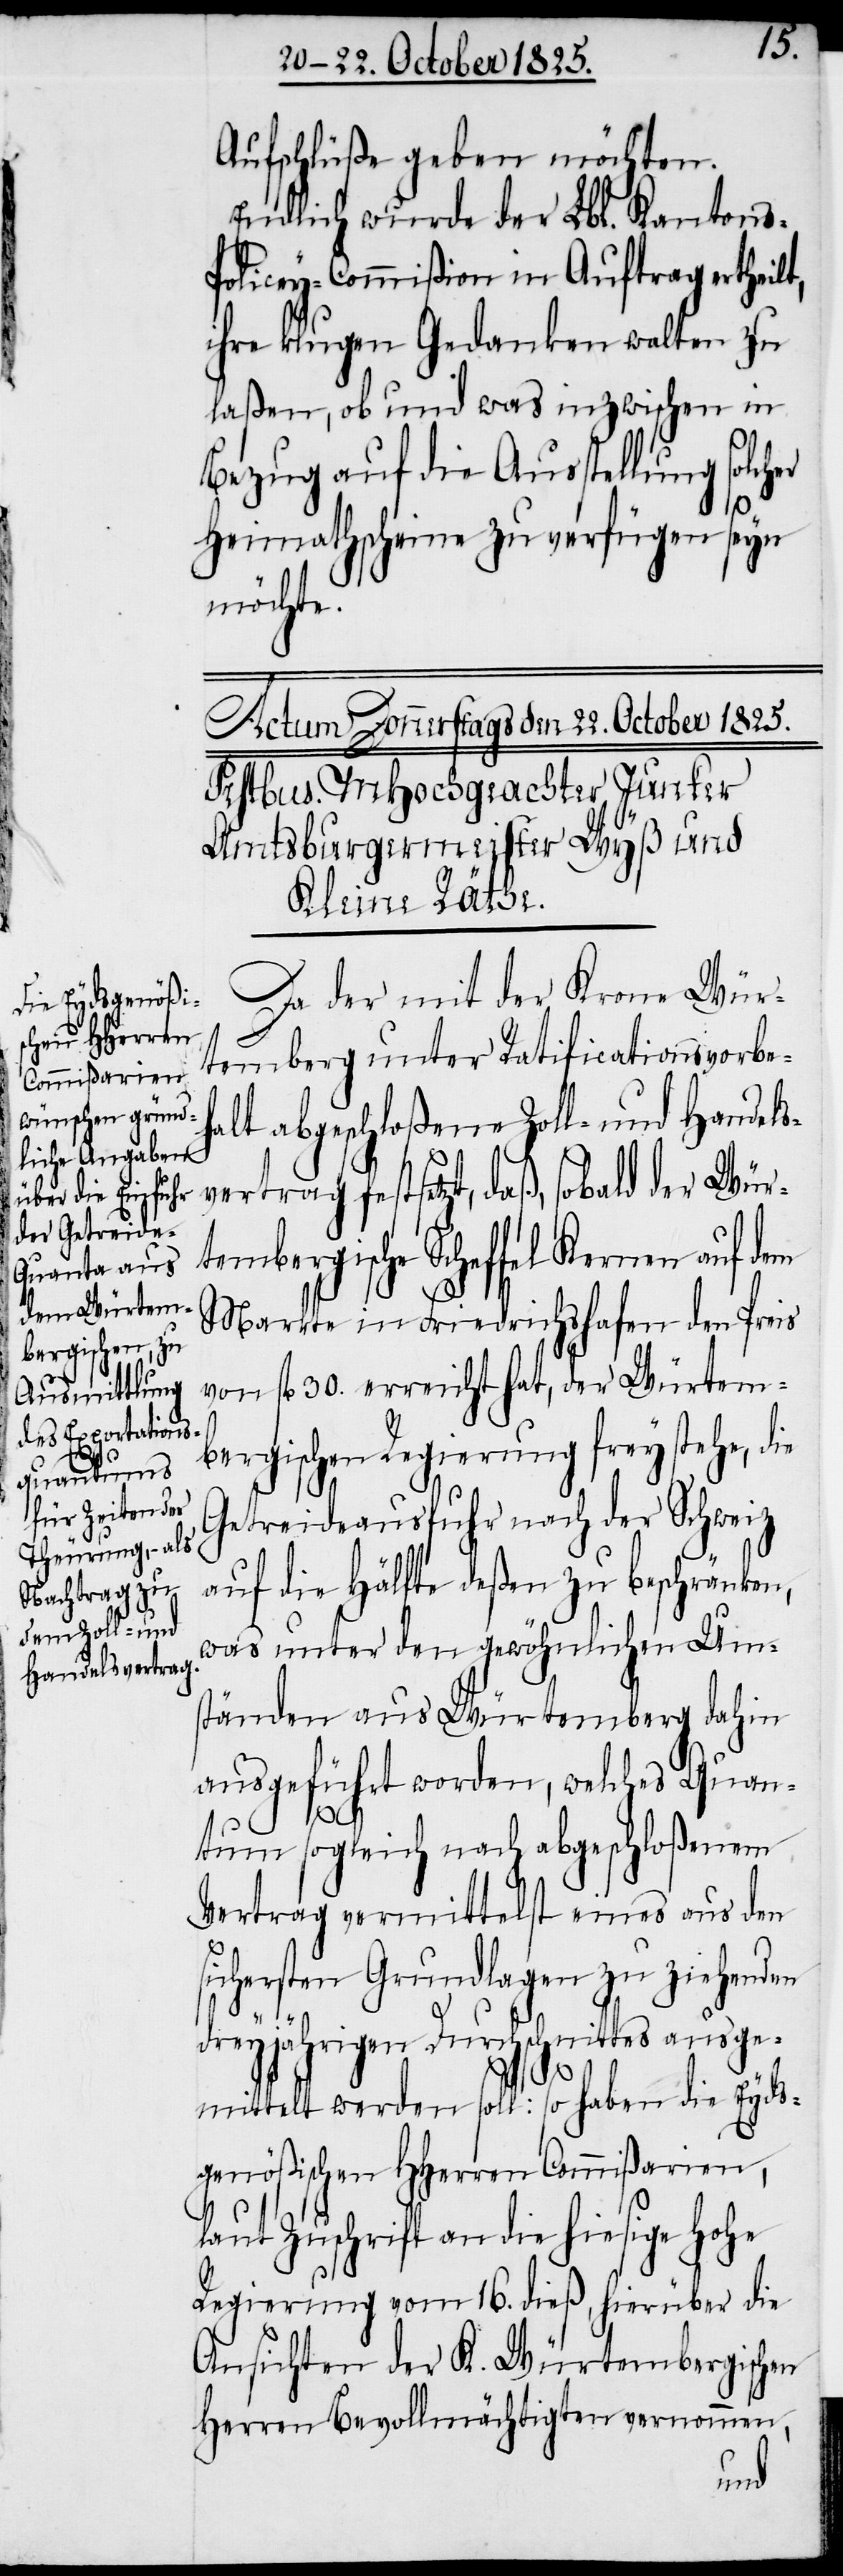
Aufschlüße geben möchten.
Endlich wurde der Lbl. Kantons-P¬
olicey-Commißion in Auftrag ertheilt,
ihre klugen Gedanken walten zu
laßen, ob und was inzwischen in
Bezug auf die Ausstellung solcher
Heimathscheine zu verfügen seyn
möchte.
Da der mit der Krone Wür¬
temberg unter Ratificationsvorbeh¬
alt abgeschloßene Zoll- und Handels¬
vertrag festsetzt, daß, sobald der Wür¬
tembergische Scheffel Kernen auf dem
Markte in Friedrichshafen den Preis
von fl. 30. erreicht hat, der Würtem¬
bergischen Regierung frey stehe, die
Getreideausfuhr nach der Schweiz
auf die Hälfte deßen zu beschränken,
was unter den gewöhnlichen Um¬
ständen aus Würtemberg dahin
ausgeführt worden, welches Quan¬
tum sogleich nach abgeschloßenem
Vertrag vermittelst eines aus den
sichersten Grundlagen zu ziehenden
dreyjährigen Durchschnittes ausge¬
mittelt werden soll: so haben die Eyds¬
genößischen HHerren Commißarien,
laut Zuschrift an die hiesige hohe
Regierung vom 16. dieß, hierüber die
Ansichten der K. Würtembergischen
Herren Bevollmächtigten vernommen,